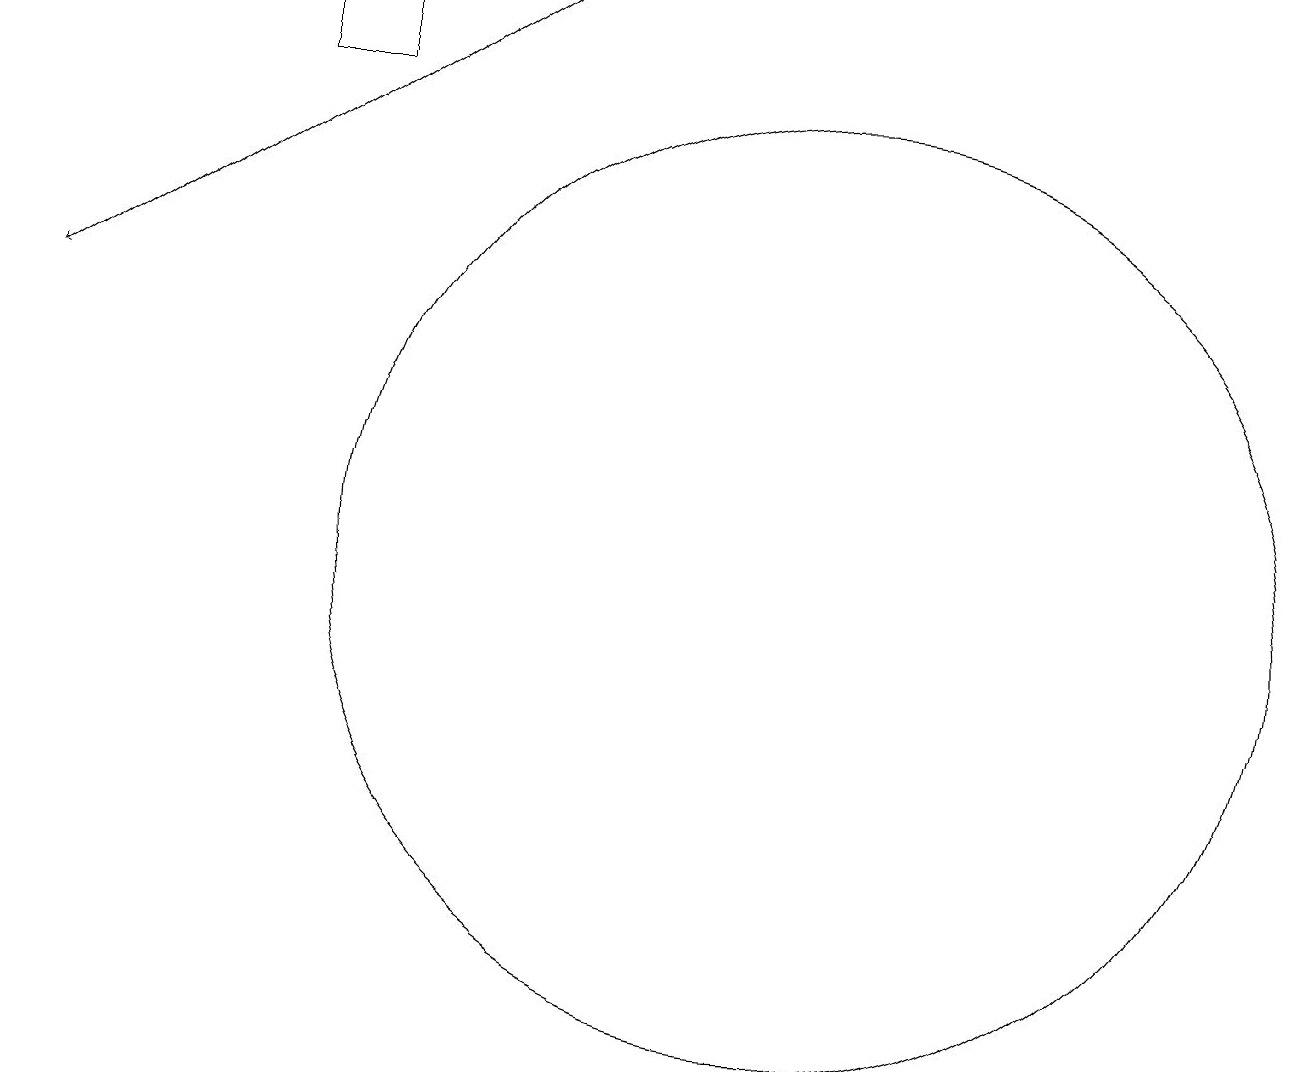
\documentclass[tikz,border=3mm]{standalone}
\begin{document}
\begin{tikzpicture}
\draw (11,10) circle (6);
\draw (5,17) rectangle (4,16);
\draw[->] (7,17) -- (1,13);
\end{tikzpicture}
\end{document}